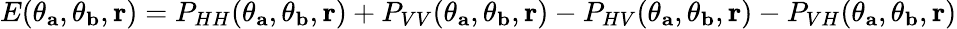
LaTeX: E(\theta_{\mathbf{a}},\theta_{\mathbf{b}},{\mathbf r})=P_{HH}(\theta_{\mathbf{a}},\theta_{\mathbf{b}},{\mathbf r})+P_{VV}(\theta_{\mathbf{a}},\theta_{\mathbf{b}},{\mathbf r})-P_{HV}(\theta_{\mathbf{a}},\theta_{\mathbf{b}},{\mathbf r})-P_{VH}(\theta_{\mathbf{a}},\theta_{\mathbf{b}},{\mathbf r})